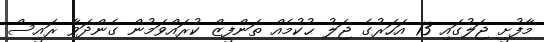
މާފުށީ ޖަލުގައި 13 އަހަރުގެ ޖަލު ޙުކުމެއް ތަންފީޒް ކުރައްވަމުން ގެންދަވާ ރައީސް